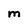
Character: M